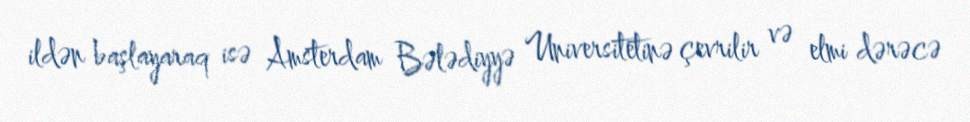
ildən başlayaraq isə Amsterdam Bələdiyyə Universitetinə çevrilir və elmi dərəcə